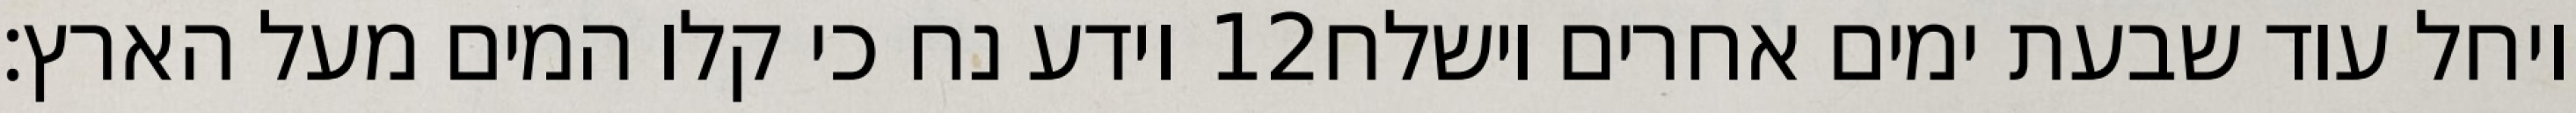
וידע נח כי קלו המים מעל הארץ׃ ‎12‏ ויחל עוד שבעת ימים אחרים וישלח